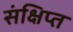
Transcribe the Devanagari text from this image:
संक्षिप्‍त